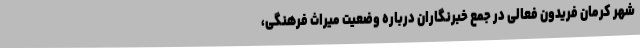
شهر کرمان فریدون فعالی در جمع خبرنگاران درباره وضعیت میراث فرهنگی،